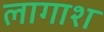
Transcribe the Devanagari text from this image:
लागाश